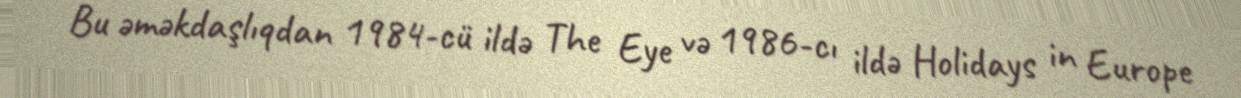
Bu əməkdaşlıqdan 1984-cü ildə The Eye və 1986-cı ildə Holidays in Europe